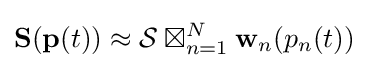
\mathbf {S} (\mathbf {p} (t))\approx {\mathcal {S}}\boxtimes _{n=1}^{N}\mathbf {w} _{n}(p_{n}(t))